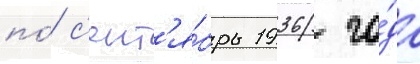
по́ с'ент'я́брь 1936 го́да